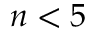
n < 5